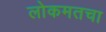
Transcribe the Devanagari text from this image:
लोकमतचा